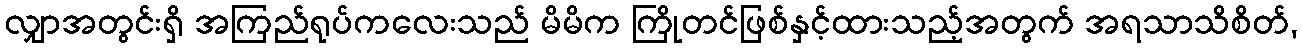
လျှာအတွင်းရှိ အကြည်ရုပ်ကလေးသည် မိမိက ကြိုတင်ဖြစ်နှင့်ထားသည့်အတွက် အရသာသိစိတ်,